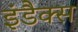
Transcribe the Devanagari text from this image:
इंडैक्स